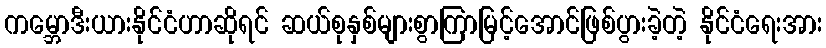
ကမ္ဘောဒီးယားနိုင်ငံဟာဆိုရင် ဆယ်စုနှစ်များစွာကြာမြင့်အောင်ဖြစ်ပွားခဲ့တဲ့ နိုင်ငံရေးအား